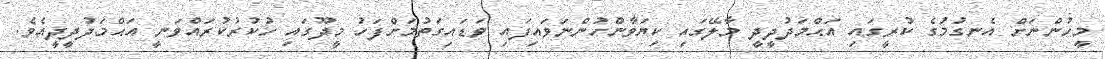
މީހުންނަށް އެނގުމުގެ ކުރީގައި އަޙްމަދުދީދީ މާލޭގައި ކިޔަވާންހުންނަވައިފައި ވަޑައިގަތުމަށްފަހު މީދޫގައި ހުކުރުކުރައްވަނީ އަޙްމަދުދީދީއެވެ.